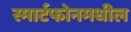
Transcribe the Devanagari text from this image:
स्मार्टफोनमधील